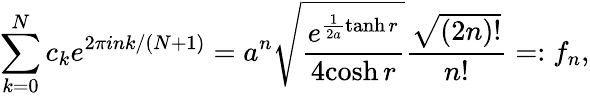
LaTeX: \sum_{k=0}^{N}c_{k}e^{2\pi ink/(N+1)}=a^{n}\sqrt{\frac{e^{\frac{1}{2a}\operatorname{tanh}r}}{4{\cosh r}}}\frac{\sqrt{(2n)!}}{n!}=:f_{n},